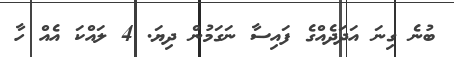
ބުނެ ގިނަ އަދަދެއްގެ ފައިސާ ނަގަމުން ދިޔަ. 4 ލައްކަ އެއް ހާ